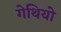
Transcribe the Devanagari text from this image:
गेथियो